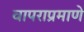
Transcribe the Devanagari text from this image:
वापराप्रमाणे